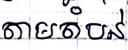
តាមតំបន់